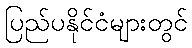
ပြည်ပနိုင်ငံများတွင်